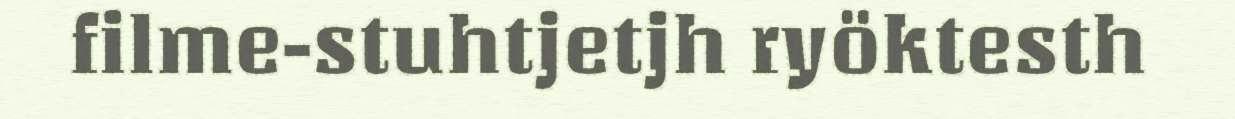
filme-stuhtjetjh ryöktesth